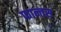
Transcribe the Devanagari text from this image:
फान्तस